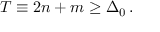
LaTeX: T \equiv 2 n + m \geq \Delta _ { 0 } \, .